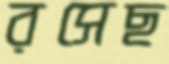
রসেছ